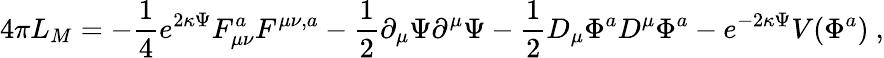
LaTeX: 4\pi L_{M}=-\frac{1}{4}e^{2\kappa\Psi}F_{\mu\nu}^{a}F^{\mu\nu,a}-\frac{1}{2}\partial_{\mu}\Psi\partial^{\mu}\Psi-\frac{1}{2}D_{\mu}\Phi^{a}D^{\mu}\Phi^{a}-e^{-2\kappa\Psi}V(\Phi^{a})\ ,